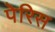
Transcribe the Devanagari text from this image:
पेरिस